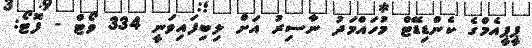
ޕީޕީއެމްގެ ކެންޑިޑޭޓް މުހައްމަދު ނާސިރު އަށް ލިބިފައިވަނީ 334 ވޯޓް - ފޮޓޯ: